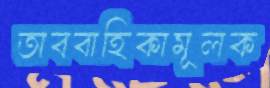
অববাহিকামূলক